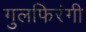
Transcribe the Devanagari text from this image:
गुलफिरंगी